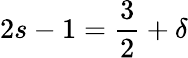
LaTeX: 2s-1=\frac{3}{2}+\delta